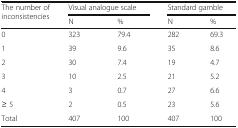
| <ROWSPAN=2> The number of inconsistencies | <COLSPAN=2> Visual analogue scale | <COLSPAN=2> Standard gamble |
 | N | % | N | % |
 | --- | --- | --- | --- | --- |
 | 0 | 323 | 79.4 | 282 | 69.3 |
 | 1 | 39 | 9.6 | 35 | 8.6 |
 | 2 | 30 | 7.4 | 19 | 4.7 |
 | 3 | 10 | 2.5 | 21 | 5.2 |
 | 4 | 3 | 0.7 | 27 | 6.6 |
 | ≥ 5 | 2 | 0.5 | 23 | 5.6 |
 | Total | 407 | 100 | 407 | 100 |